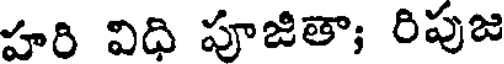
హరి విధి పూజితా; రిపుజ